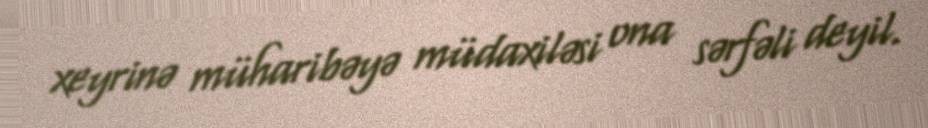
xeyrinə müharibəyə müdaxiləsi ona sərfəli deyil.